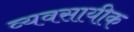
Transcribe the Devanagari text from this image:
व्यवसायीक